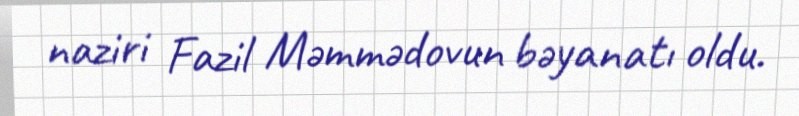
naziri Fazil Məmmədovun bəyanatı oldu.